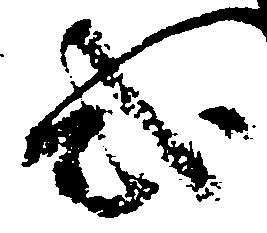
式